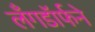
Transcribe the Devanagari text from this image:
लँगडॉर्फने